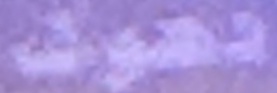
دهوك